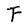
Character: F